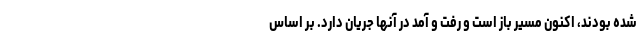
شده بودند، اکنون مسیر باز است و رفت و آمد در آنها جریان دارد. بر اساس